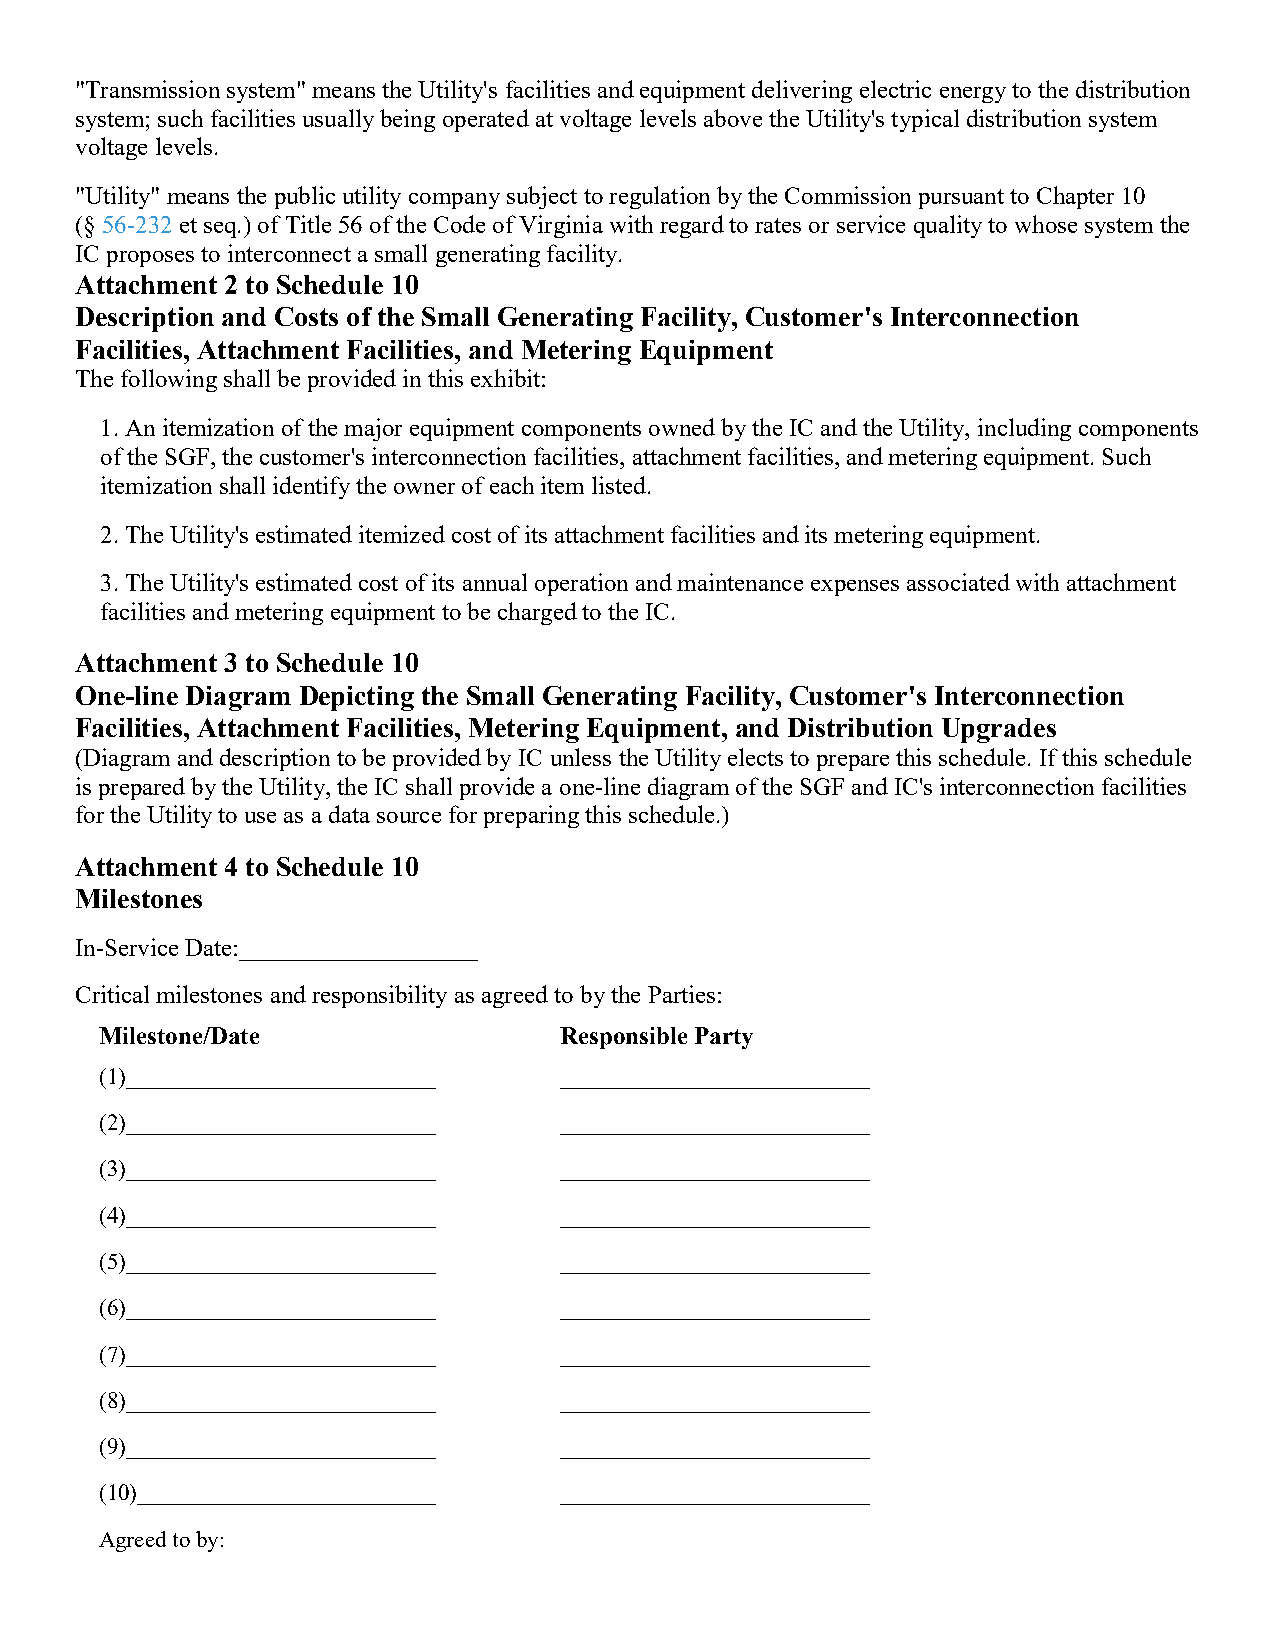
"Transmission system" means the Utility's facilities and equipment delivering electric energy to the distribution
 system; such facilities usually being operated at voltage levels above the Utility's typical distribution system
 voltage levels.
 "Utility" means the public utility company subject to regulation by the Commission pursuant to Chapter 10
 (§ 56-232 et seq.) of Title 56 of the Code of Virginia with regard to rates or service quality to whose system the
 IC proposes to interconnect a small generating facility.
 Attachment 2 to Schedule 10
 Description and Costs of the Small Generating Facility, Customer's Interconnection
 Facilities, Attachment Facilities, and Metering Equipment
 The following shall be provided in this exhibit:
 1. An itemization of the major equipment components owned by the IC and the Utility, including components
 of the SGF, the customer's interconnection facilities, attachment facilities, and metering equipment. Such
 itemization shall identify the owner of each item listed.
 2. The Utility's estimated itemized cost of its attachment facilities and its metering equipment.
 3. The Utility's estimated cost of its annual operation and maintenance expenses associated with attachment
 facilities and metering equipment to be charged to the IC.
 Attachment 3 to Schedule 10
 One-line Diagram Depicting the Small Generating Facility, Customer's Interconnection
 Facilities, Attachment Facilities, Metering Equipment, and Distribution Upgrades
 (Diagram and description to be provided by IC unless the Utility elects to prepare this schedule. If this schedule
 is prepared by the Utility, the IC shall provide a one-line diagram of the SGF and IC's interconnection facilities
 for the Utility to use as a data source for preparing this schedule.)
 Attachment 4 to Schedule 10
 Milestones
 In-Service Date:___________________
 Critical milestones and responsibility as agreed to by the Parties:
 Milestone/Date                Responsible Party
 (1)___________________________ ___________________________
 (2)___________________________ ___________________________
 (3)___________________________ ___________________________
 (4)___________________________ ___________________________
 (5)___________________________ ___________________________
 (6)___________________________ ___________________________
 (7)___________________________ ___________________________
 (8)___________________________ ___________________________
 (9)___________________________ ___________________________
 (10)__________________________ ___________________________
 Agreed to by: